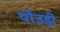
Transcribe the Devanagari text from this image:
पौउड़ी